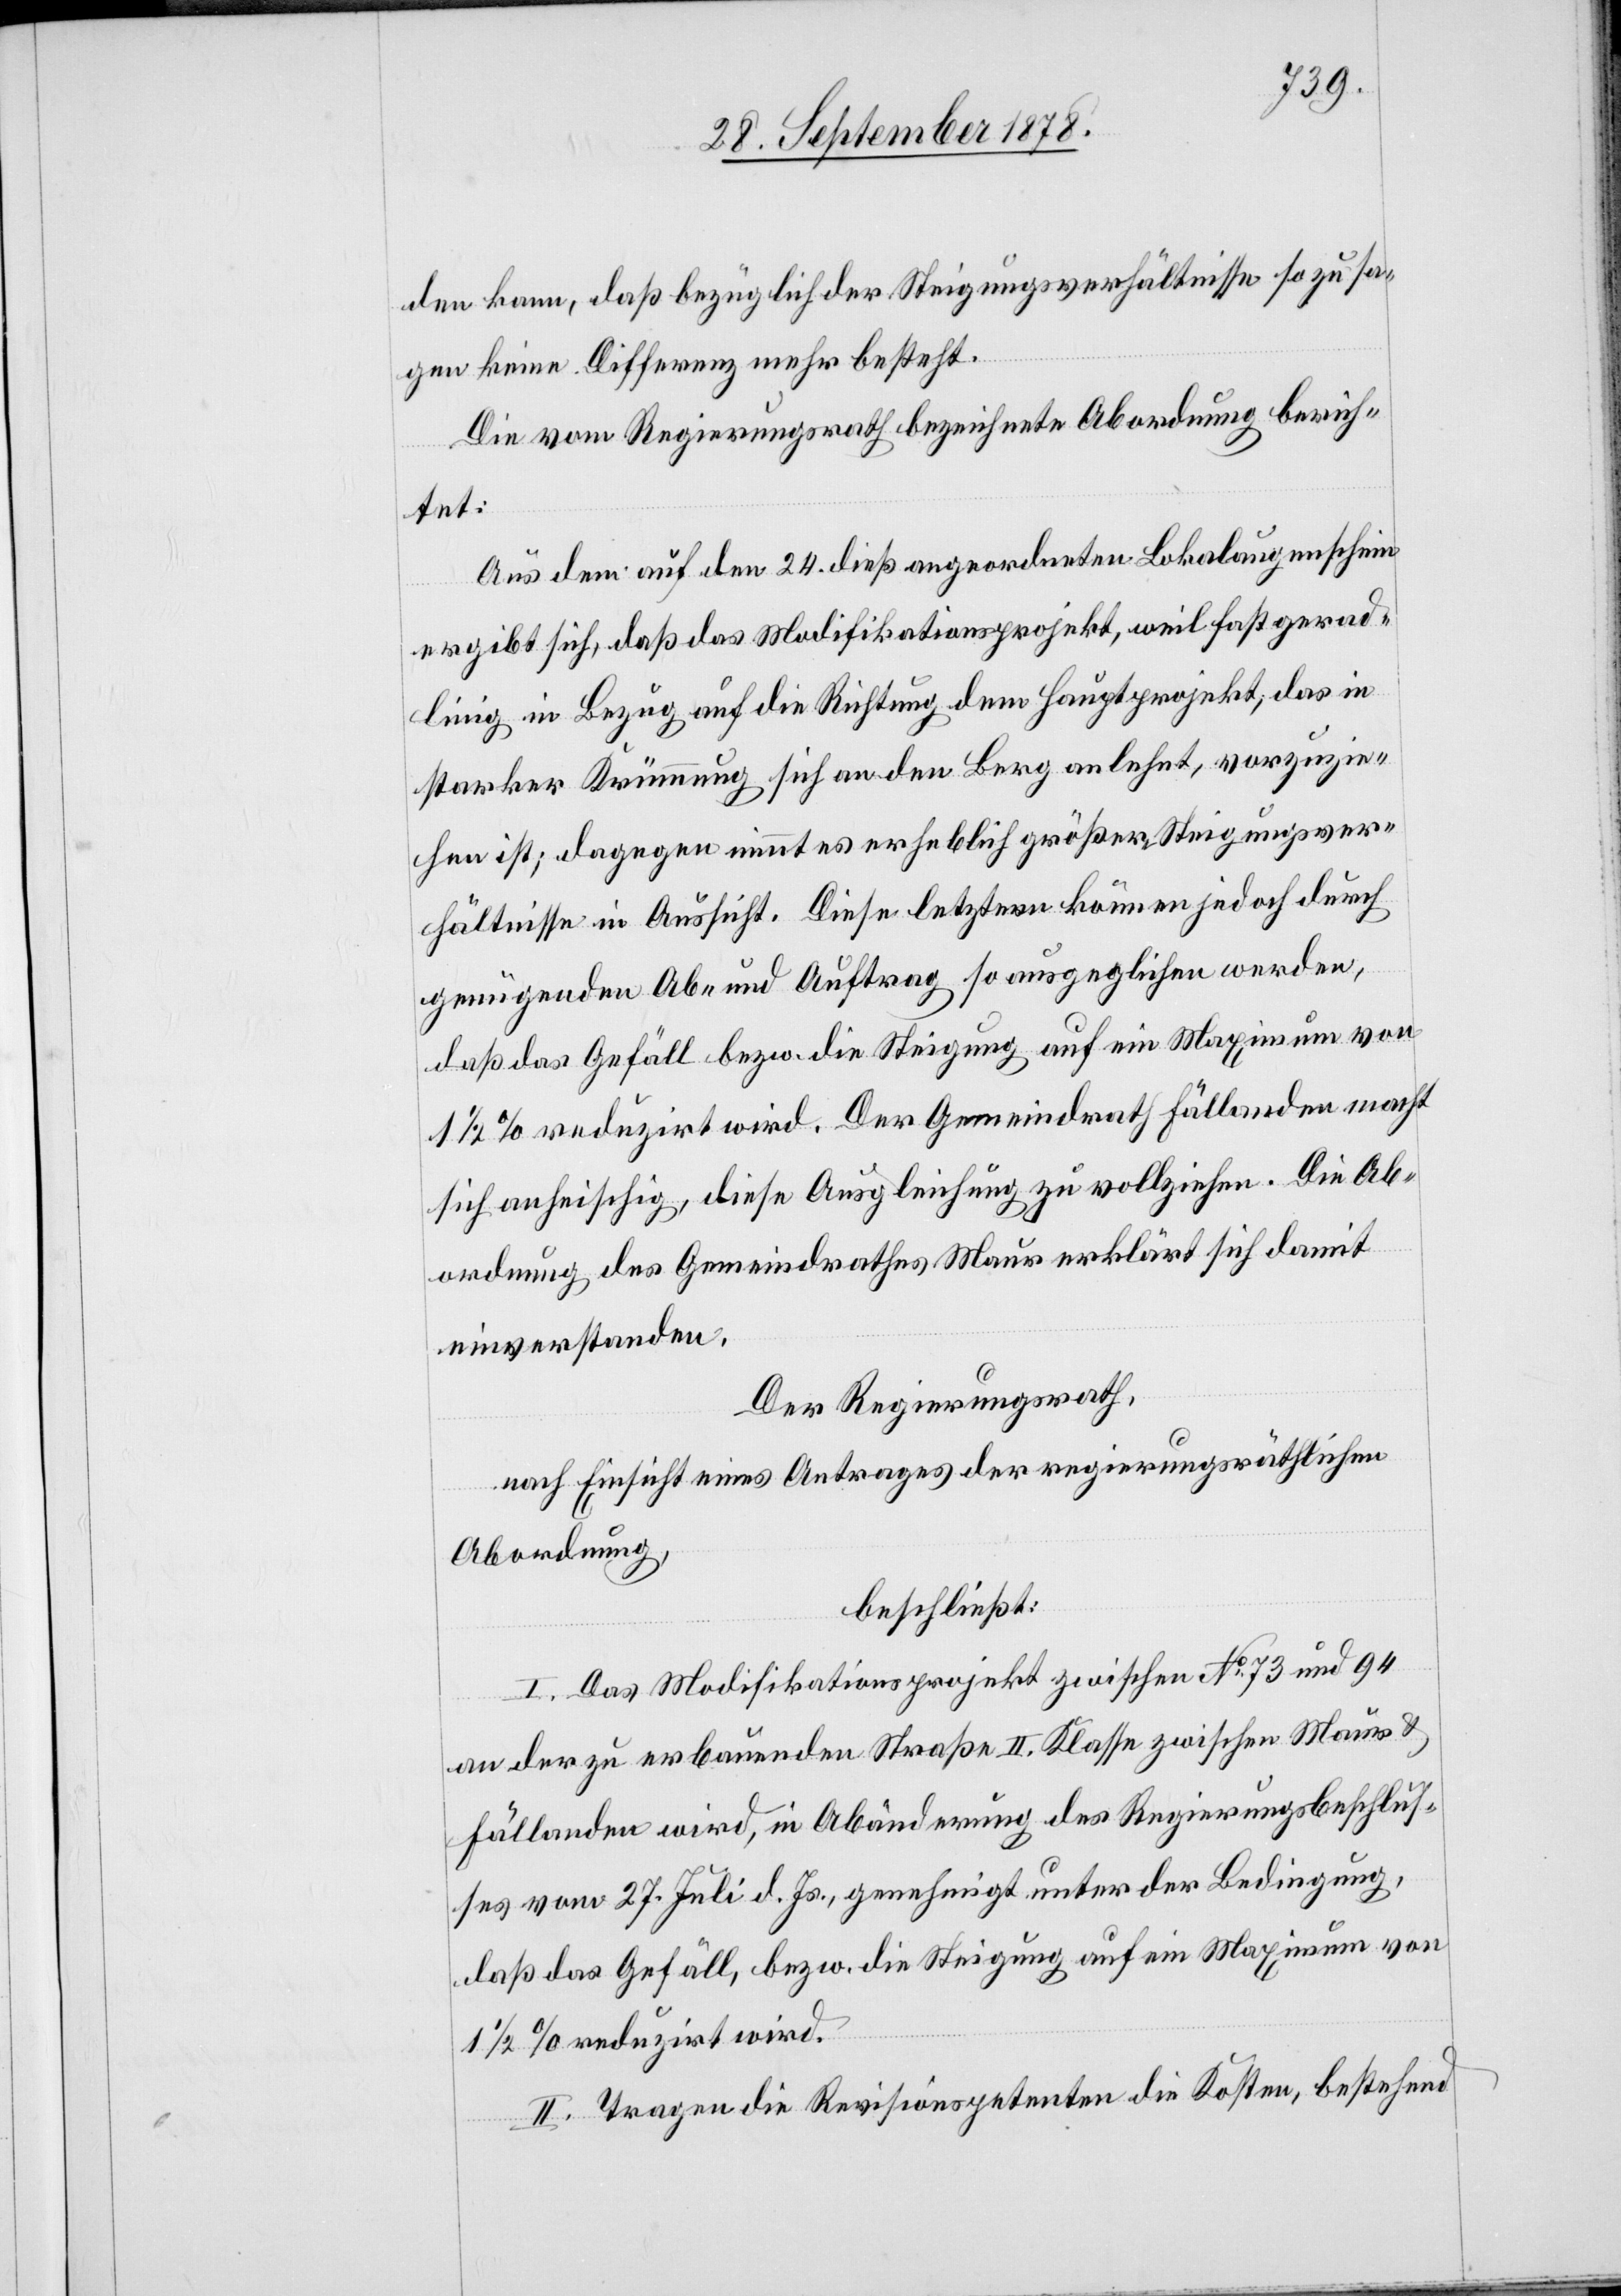
den kann, daß bezüglich der Steigerungsverhältnisse so zu sa¬
gen keine Differenz mehr besteht.
Die vom Regierungsrath bezeichnete Abordnung berich¬
tet:
Aus dem auf den 24. dieß angeordneten Lokalaugenschein
ergibt sich, daß das Modifikationsprojekt, weil fast gerad¬
linig in Bezug auf die Richtung dem Hauptprojekt, das in
starker Krümmung sich an den Berg anlehnt, vorzuzie¬
hen ist; dagegen nimmt es erheblich größere Steigerungsver¬
hältnisse in Aussicht. Diese letztern können jedoch durch
genügenden Ab- und Auftrag so ausgeglichen werden,
daß das Gefäll, bezw. die Steigung auf ein Maximum von
1 1/2 % reduzirt wird. Der Gemeindrath Fällanden macht
sich anheischig, diese Ausgleichung zu vollziehen. Die Ab¬
ordnung des Gemeindrathes Maur erklärt sich damit
einverstanden.
Der Regierungsrath,
nach Einsicht eines Antrages der regierungsräthlichen
Abordnung,
beschließt:
I. Das Modifikationsprojekt zwischen No 73 und 94
an der zu erbauenden Straße II. Klasse zwischen Maur &
Fällanden wird, in Abänderung des Regierungsbeschlus¬
ses vom 27. Juli d. Js., genehmigt, unter der Bedingung,
1 1/2 % reduzirt wird.
II. Tragen die Revisionspetenten die Kosten, bestehend